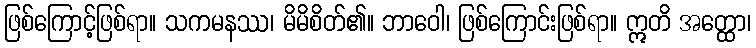
ဖြစ်ကြောင့်ဖြစ်ရာ။ သကမနဿ၊ မိမိစိတ်၏။ ဘာဝေါ၊ ဖြစ်ကြောင်းဖြစ်ရာ။ ဣတိ အတ္ထော၊